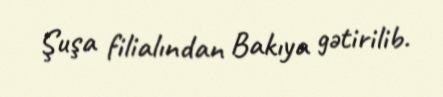
Şuşa filialından Bakıya gətirilib.